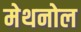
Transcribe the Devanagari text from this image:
मेथनोल